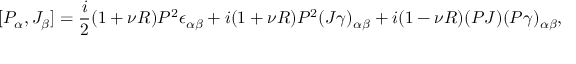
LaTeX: [ { \cal P } _ { \alpha } , { \cal J } _ { \beta } ] = \frac { i } { 2 } ( 1 + \nu R ) P ^ { 2 } \epsilon _ { \alpha \beta } + i ( 1 + \nu R ) P ^ { 2 } ( J \gamma ) _ { \alpha \beta } + i ( 1 - \nu R ) ( P J ) ( P \gamma ) _ { \alpha \beta } ,